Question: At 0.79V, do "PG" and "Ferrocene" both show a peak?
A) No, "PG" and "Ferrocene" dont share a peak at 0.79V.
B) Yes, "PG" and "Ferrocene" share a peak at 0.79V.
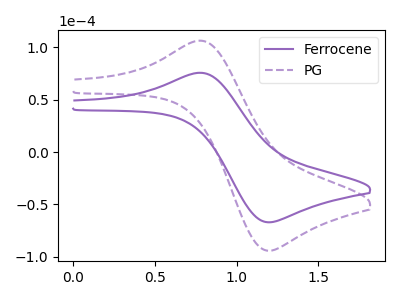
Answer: <think>The purple curve "Ferrocene" has an anodic peak at (0.80V, 75.50uA) and a cathodic peak at (1.20V, -67.00uA). The purple dashed curve "PG" has an anodic peak at (0.80V, 106.10uA) and a cathodic peak at (1.20V, -94.15uA).</think>
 <answer>B) Yes, "PG" and "Ferrocene" share a peak at 0.79V.</answer>
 <eval>B</eval>